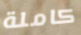
كاملة